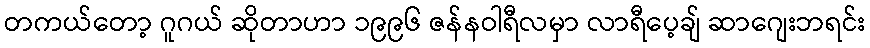
တကယ်တော့ ဂူဂယ် ဆိုတာဟာ ၁၉၉၆ ဇန်နဝါရီလမှာ လာရီပေ့ချ် ဆာဂျေးဘရင်း